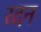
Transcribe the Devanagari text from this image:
रदन